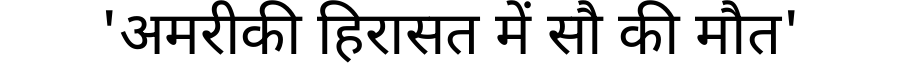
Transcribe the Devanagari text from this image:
'अमरीकी हिरासत में सौ की मौत'